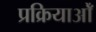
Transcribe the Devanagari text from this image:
प्रक्रियाओँ